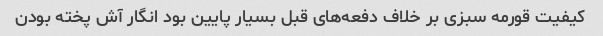
کیفیت قورمه سبزی بر خلاف دفعه‌های قبل بسیار پایین بود انگار آش پخته بودن